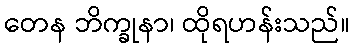
တေန ဘိက္ခုနာ၊ ထိုရဟန်းသည်။